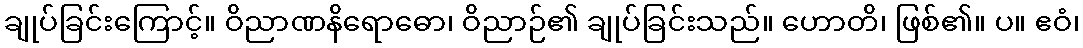
ချုပ်ခြင်းကြောင့်။ ဝိညာဏနိရောဓော၊ ဝိညာဉ်၏ ချုပ်ခြင်းသည်။ ဟောတိ၊ ဖြစ်၏။ ပ။ ဧဝံ၊